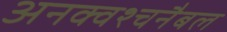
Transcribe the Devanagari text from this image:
अनक्वश्चनैबल